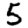
Digit: 5